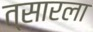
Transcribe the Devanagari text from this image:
त्सारला